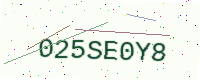
Text: 025SE0Y8